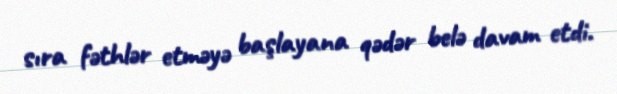
sıra fəthlər etməyə başlayana qədər belə davam etdi.